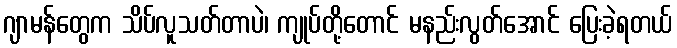
ဂျာမန်တွေက သိပ်လူသတ်တာပဲ၊ ကျုပ်တို့တောင် မနည်းလွတ်အောင် ပြေးခဲ့ရတယ်